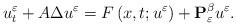
LaTeX: \begin{align*}u_{t}^{\varepsilon}+A \Delta u^{\varepsilon}=F\left(x,t;u^{\varepsilon}\right)+\mathbf{P}_{\varepsilon}^{\beta}u^{\varepsilon}.\end{align*}